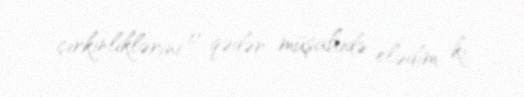
çirkinliklərini o qədər müşahidə elədim ki.